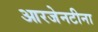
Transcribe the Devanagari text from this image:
आरजेनटीना